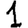
Digit: 1